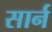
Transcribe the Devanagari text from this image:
सार्न